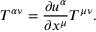
T ^ { \alpha \nu } = \frac { \partial u ^ { \alpha } } { \partial x ^ { \mu } } T ^ { \mu \nu } .